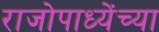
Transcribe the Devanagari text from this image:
राजोपाध्येंच्या